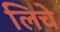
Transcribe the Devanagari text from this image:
लिचे